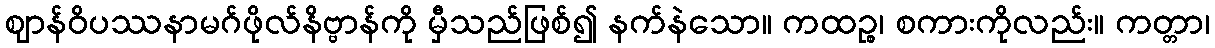
ဈာန်ဝိပဿနာမဂ်ဖိုလ်နိဗ္ဗာန်ကို မှီသည်ဖြစ်၍ နက်နဲသော။ ကထဉ္စ၊ စကားကိုလည်း။ ကတ္တာ၊